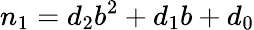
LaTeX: n_{1}=d_{2}b^{2}+d_{1}b+d_{0}